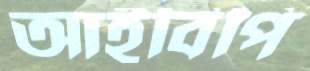
আইবিপি